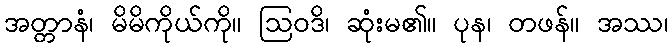
အတ္တာနံ၊ မိမိကိုယ်ကို။ ဩဝဒိ၊ ဆုံးမ၏။ ပုန၊ တဖန်။ အဿ၊